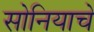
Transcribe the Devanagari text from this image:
सोनियाचे